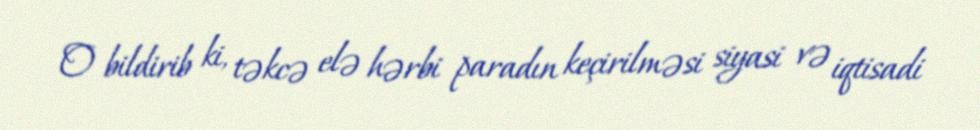
O bildirib ki, təkcə elə hərbi paradın keçirilməsi siyasi və iqtisadi